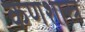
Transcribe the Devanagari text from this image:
कणशास्त्र